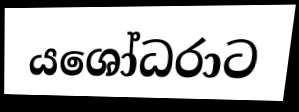
යශෝධරාට